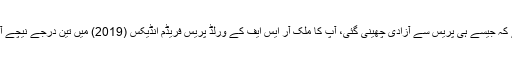
خط میں مزید کہا گیا کہ ’یہ بات بالکل واضح ہے کہ جیسے ہی پریس سے آزادی چھینی گئی، آپ کا ملک آر ایس ایف کے ورلڈ پریس فریڈم انڈیکس (2019) میں تین درجے نیچے آکر 180 ممالک میں سے 142 ویں نمبر پر آگیا۔